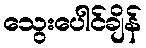
သွေးပေါင်ချိန်